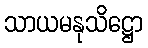
သာယမနုသိဋ္ဌော